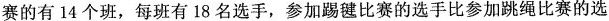
赛的有14个班，每班有18名选手，参加踢毽比赛的选手比参加跳绳比赛的选